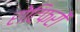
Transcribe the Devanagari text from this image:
रोटिफरों